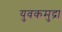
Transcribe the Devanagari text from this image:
युवकमुद्रा